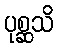
ပုစ္ဆသိ